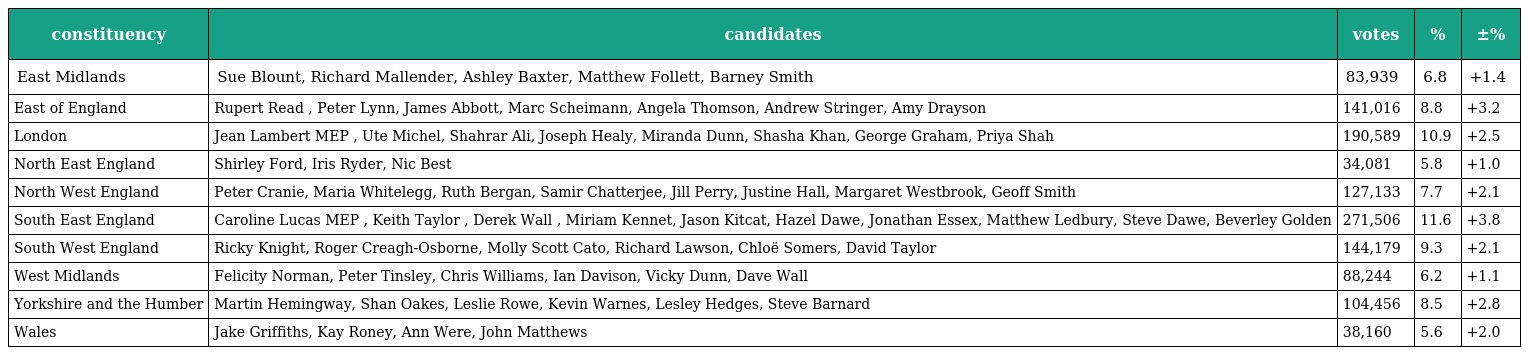
| constituency | candidates | votes | % | ±% |
 | --- | --- | --- | --- | --- |
 | East Midlands | Sue Blount, Richard Mallender, Ashley Baxter, Matthew Follett, Barney Smith | 83,939 | 6.8 | +1.4 |
 | East of England | Rupert Read , Peter Lynn, James Abbott, Marc Scheimann, Angela Thomson, Andrew Stringer, Amy Drayson | 141,016 | 8.8 | +3.2 |
 | London | Jean Lambert MEP , Ute Michel, Shahrar Ali, Joseph Healy, Miranda Dunn, Shasha Khan, George Graham, Priya Shah | 190,589 | 10.9 | +2.5 |
 | North East England | Shirley Ford, Iris Ryder, Nic Best | 34,081 | 5.8 | +1.0 |
 | North West England | Peter Cranie, Maria Whitelegg, Ruth Bergan, Samir Chatterjee, Jill Perry, Justine Hall, Margaret Westbrook, Geoff Smith | 127,133 | 7.7 | +2.1 |
 | South East England | Caroline Lucas MEP , Keith Taylor , Derek Wall , Miriam Kennet, Jason Kitcat, Hazel Dawe, Jonathan Essex, Matthew Ledbury, Steve Dawe, Beverley Golden | 271,506 | 11.6 | +3.8 |
 | South West England | Ricky Knight, Roger Creagh-Osborne, Molly Scott Cato, Richard Lawson, Chloë Somers, David Taylor | 144,179 | 9.3 | +2.1 |
 | West Midlands | Felicity Norman, Peter Tinsley, Chris Williams, Ian Davison, Vicky Dunn, Dave Wall | 88,244 | 6.2 | +1.1 |
 | Yorkshire and the Humber | Martin Hemingway, Shan Oakes, Leslie Rowe, Kevin Warnes, Lesley Hedges, Steve Barnard | 104,456 | 8.5 | +2.8 |
 | Wales | Jake Griffiths, Kay Roney, Ann Were, John Matthews | 38,160 | 5.6 | +2.0 |